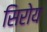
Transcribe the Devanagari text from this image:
सिरोय